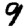
Digit: 9